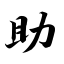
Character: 助